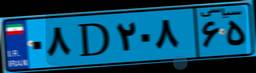
۰۸D۲۰۸۶۵